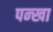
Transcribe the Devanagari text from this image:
पन्खा